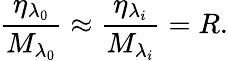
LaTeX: \frac{{{\eta}_{{{\lambda}_{0}}}}}{{{M}_{{{\lambda}_{0}}}}}\approx\frac{{{\eta}_{{{\lambda}_{i}}}}}{{{M}_{{{\lambda}_{i}}}}}=R.